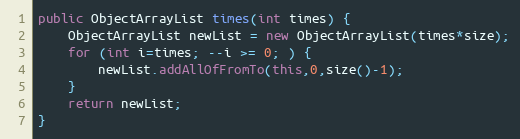
Language: Java
public ObjectArrayList times(int times) {
	ObjectArrayList newList = new ObjectArrayList(times*size);
	for (int i=times; --i >= 0; ) {
		newList.addAllOfFromTo(this,0,size()-1);
	}
	return newList;
}